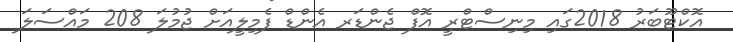
އޮކްޓޫބަރު 2018ގައި މިނިސްޓްރީ އޮފް ޖެންޑަރ އެންޑް ފެމިލީއަށް ޖުމުލަ 208 މައްސަލަ